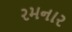
રમનાર